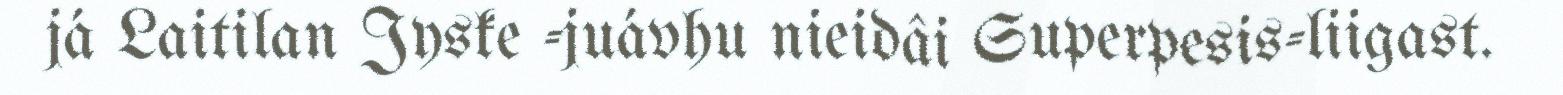
já Laitilan Jyske -juávhu nieidâi Superpesis-liigast.